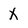
Character: x